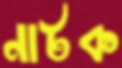
নাটক